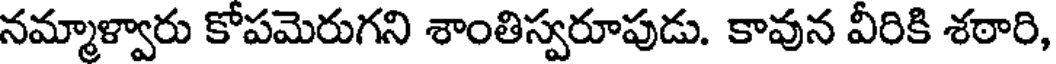
నమ్మాళ్వారు కోపమెరుగని శాంతిస్వరూపుడు. కావున వీరికి శఠారి,